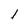
Character: l